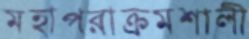
মহাপরাক্রমশালী